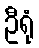
ဦရုံ